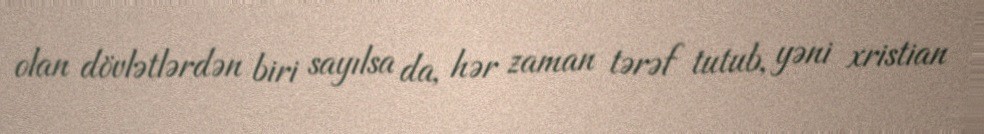
olan dövlətlərdən biri sayılsa da, hər zaman tərəf tutub, yəni xristian